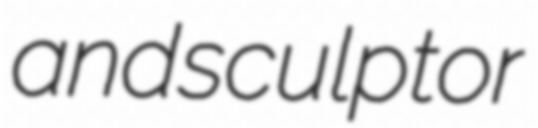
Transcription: and sculptor